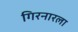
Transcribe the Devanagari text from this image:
गिरनारला